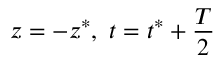
z = - z ^ { * } , \ t = t ^ { * } + \frac { T } { 2 }